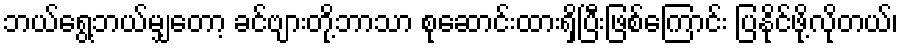
ဘယ်ရွေ့ဘယ်မျှတော့ ခင်ဗျားတို့ဘာသာ စုဆောင်းထားရှိပြီးဖြစ်ကြောင်း ပြနိုင်ဖို့လိုတယ်၊